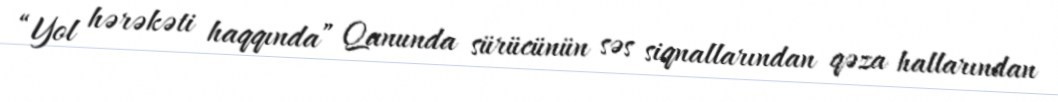
“Yol hərəkəti haqqında” Qanunda sürücünün səs siqnallarından qəza hallarından